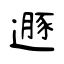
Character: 遯